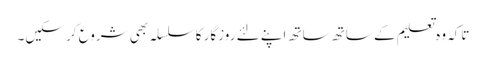
تاکہ وہ تعلیم کے ساتھ ساتھ اپنے لئے روزگار کا سلسلہ بھی شروع کر سکیں۔